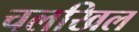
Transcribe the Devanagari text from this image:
चलखिल